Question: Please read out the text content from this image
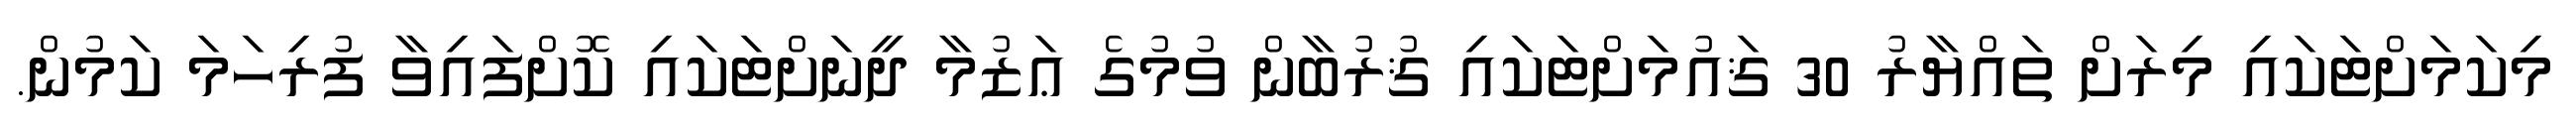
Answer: މިކަމަށްޓަކައި މިރަށް ތައްޔާރު 30 ޤައުމަށްޓަކައި ޤުރުބާން ވުމުގެ ޢަޒުމާ ދީނަށްޓަކައި ކޮށްފައިވާ ފުރިހަމަ ކަމުން.